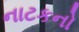
નાટકનો